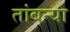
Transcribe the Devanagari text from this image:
तांबन्या